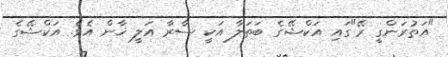
"އަތުރަންގީ ރޭ"ގައި އަކްޝޭގެ ބަތަލާ އަކީ ސާރާ އަލީ ޚާން އެވެ. އަކްޝޭގެ